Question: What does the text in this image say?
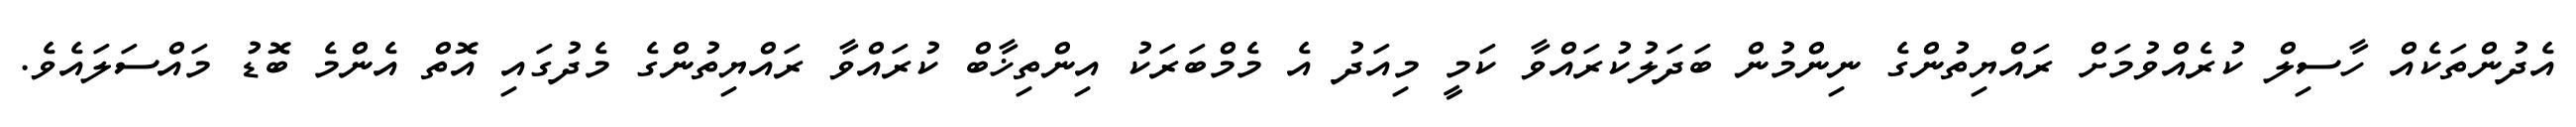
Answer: އެދުންތަކެއް ހާސިލް ކުރެއްވުމަށް ރައްޔިތުންގެ ނިންމުން ބަދަލުކުރައްވާ ކަމީ މިއަދު އެ މެމްބަރަކު އިންތިޚާބް ކުރައްވާ ރައްޔިތުންގެ މެދުގައި އޮތް އެންމެ ބޮޑު މައްސަލައެވެ.